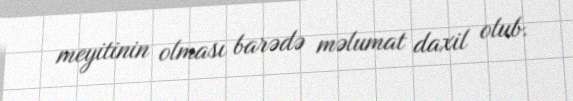
meyitinin olması barədə məlumat daxil olub.